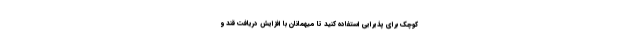
کوچک برای پذیرایی استفاده کنید تا میهمانان با افزایش دریافت قند و